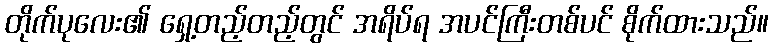
တိုက်ပုလေး၏ ရှေ့တည့်တည့်တွင် အရိပ်ရ အပင်ကြီးတစ်ပင် စိုက်ထားသည်။